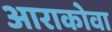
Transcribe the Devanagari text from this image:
आराकोवा